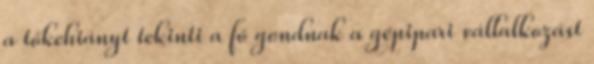
a tőkehiányt tekinti a fő gondnak a gépipari vállalkozást